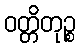
ဝတ္တိတုဉ္စ